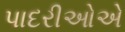
પાદરીઓએ